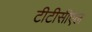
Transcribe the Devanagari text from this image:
टीटीसीएल